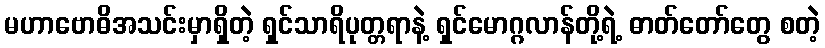
မဟာဗောဓိအသင်းမှာရှိတဲ့ ရှင်သာရိပုတ္တရာနဲ့ ရှင်မောဂ္ဂလာန်တို့ရဲ့ ဓာတ်တော်တွေ စတဲ့